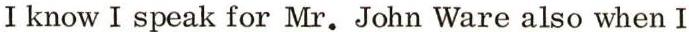
I know I speak for Mr. John Ware also when I